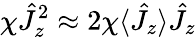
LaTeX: \chi\hat{J}_{z}^{2}\approx 2\chi\langle\hat{J}_{z}\rangle\hat{J}_{z}